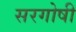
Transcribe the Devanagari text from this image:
सरगोषी